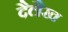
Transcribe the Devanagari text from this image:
दैलैख